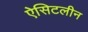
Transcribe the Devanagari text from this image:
ऐसिटलीन